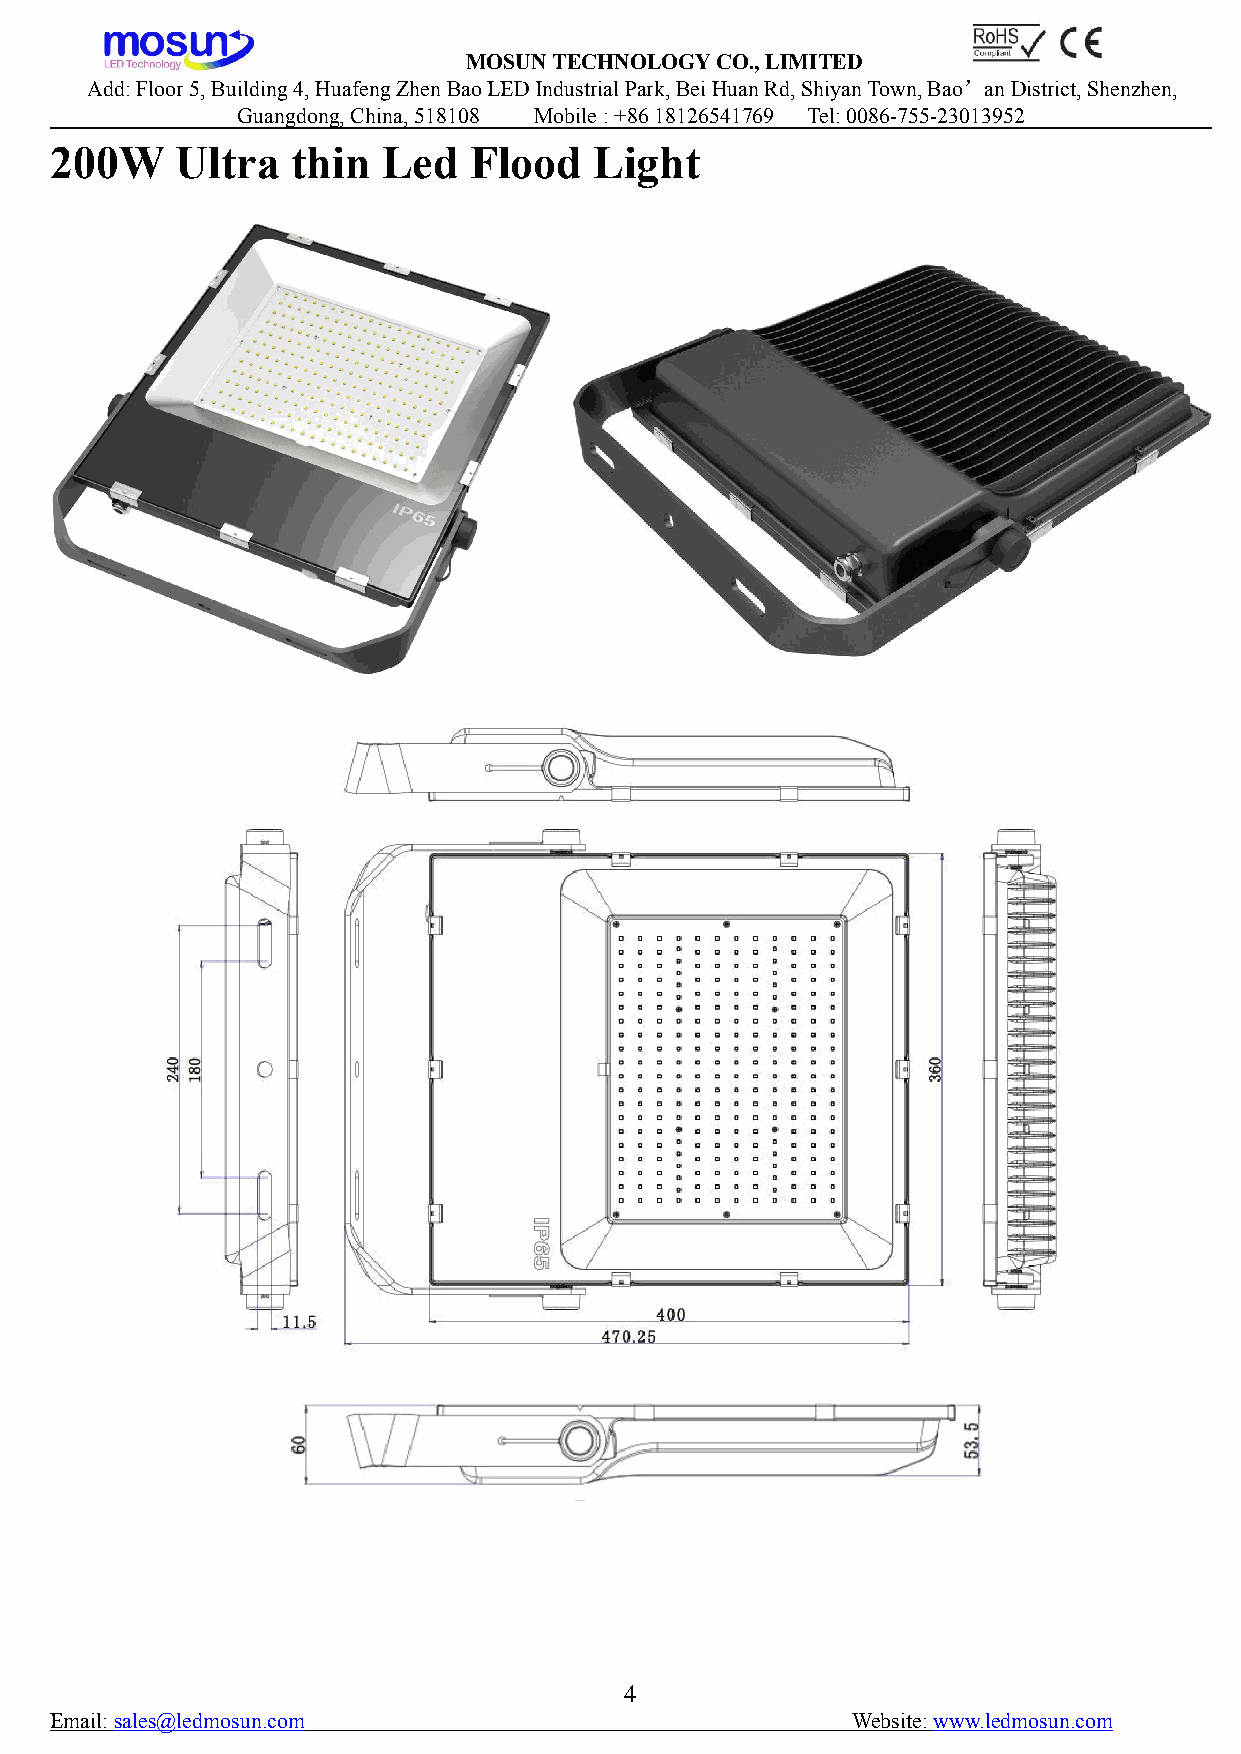
MOSUNTECHNOLOGYCO.,LIMITED
 Add:Floor5,Building4,HuafengZhenBaoLEDIndustrialPark,BeiHuanRd,ShiyanTown,Bao’anDistrict,Shenzhen,
 Guangdong,China,518108 Mobile:+8618126541769 Tel:0086-755-23013952
 200W     Ultra  thin  Led   Flood   Light
 4
 Email:sales@ledmosun.com                             Website:www.ledmosun.com